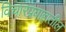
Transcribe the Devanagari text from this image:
विचारप्रवाहातील